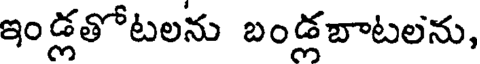
ఇండ్లతోటలను బండ్లబాటలను,